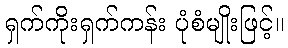
ရှက်ကိုးရှက်ကန်း ပုံစံမျိုးဖြင့်။